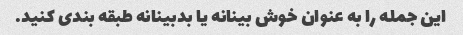
این جمله را به عنوان خوش بینانه یا بدبینانه طبقه بندی کنید.